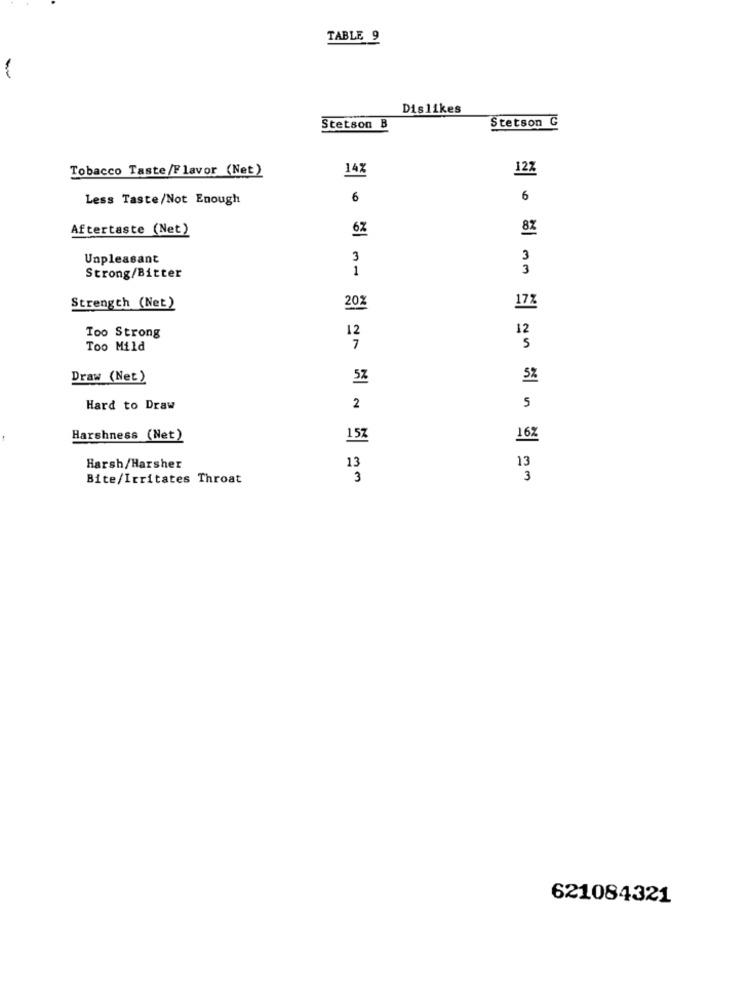
TABLE 9
Dislikes
Stetson G
Stetson B
Tobacco Taste/Flavor (Net)
14
12%
Less Taste/Not Enough
6
6
Aftertaste (Net)
Unpleasant
3
3
3
Strong/Bitter
Strength (Net)
20%
172
Too Strong
12
12
Too Mild
7
S
Draw (Net )
5%
5%
Hard to Draw
2
5
Harshness (Net)
15%
16%
Harsh/Harsher
13
13
Bite/Irritates Throat
3
3
621084321